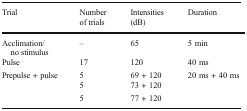
| Trial | Number of trials | Intensities (dB) | Duration |
 | --- | --- | --- | --- |
 | Acclimation/no stimulus | – | 65 | 5 min |
 | Pulse | 17 | 120 | 40 ms |
 | <ROWSPAN=3> Prepulse + pulse | 5 | 69 + 120 | <ROWSPAN=3> 20 ms + 40 ms |
 | 5 | 73 + 120 |
 | 5 | 77 + 120 |